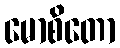
မောစိတော